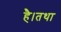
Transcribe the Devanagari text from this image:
है।तथा